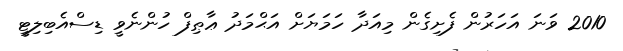
2010 ވަނަ އަހަރުން ފެށިގެން މިއަދާ ހަމަޔަށް އަޙްމަދު ޢާޠިފް ހުންނެވީ ޑިސްއެބިލިޓީ